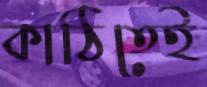
কাঠিতেই